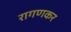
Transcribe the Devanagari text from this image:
रागणकर